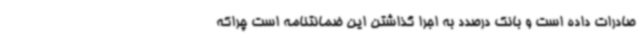
صادرات داده است و بانک درصدد به اجرا گذاشتن این ضمانتنامه است چراکه